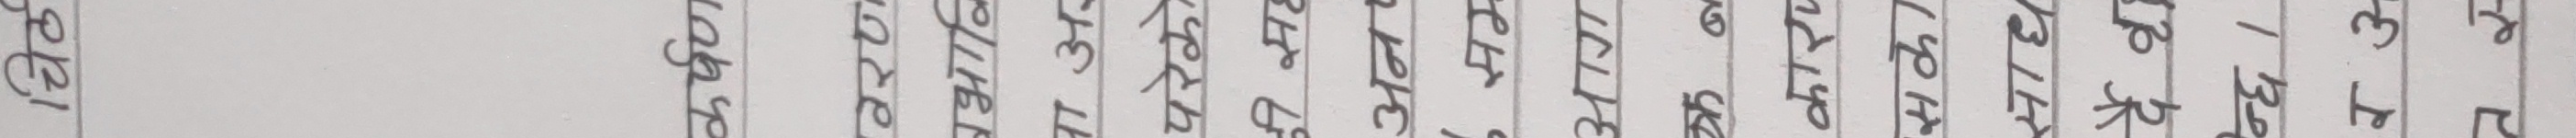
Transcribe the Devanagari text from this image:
चिठ
कर्षण